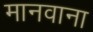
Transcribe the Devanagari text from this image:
मानवाना